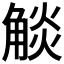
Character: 𧣹